Civil Veterinary Dept. Bombay admin report 1914-1922 - 1914-1922
Year: 1914
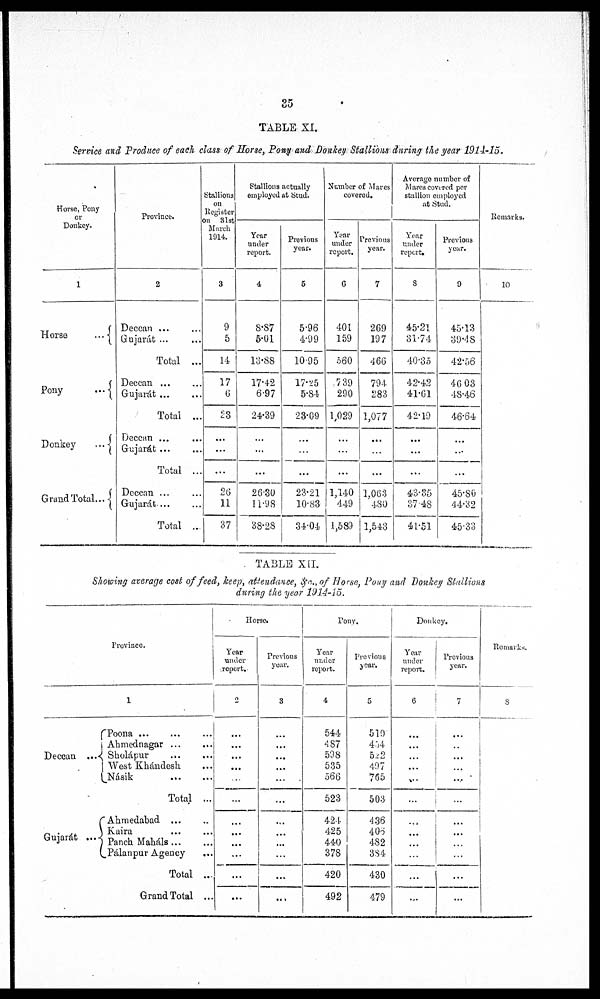
35
TABLE XI.
Service and Produce of each class of Horse, Pony and Donkey Stallions during the year 1914-15.
Horse, Pony
or
Donkey.
1
Horse
...
Pony
...
Donkey
...
Grand Total...
Province.
2
Deccan ... ...
Gujarát ... ...
Total ...
Deccan ... ...
Gujarát
...
...
Total ...
Deccan ... ...
Gujarát
...
...
Total ...
Deccan ... ...
Gujarat ...
Total ...
Stallions
on
Register
on 31st
March
1914.
3
9
5
14
17
6
23
...
...
...
26
11
37
Stallions actually
employed at Stud.
Year
under
report.
4
8.87
5.01
13.88
17.42
6.97
24.39
...
...
...
26.30
11.98
38.28
Previous
year.
5
5.96
4.99
1095
17.25
5.84
23.69
...
...
...
23.21
10.83
34.04
Number of Mares
covered.
Year
under
report.
6
401
159
560
7 39
290
1,029
...
...
...
1,140
449
1,589
Previous
year.
7
269
197
466
794
283
1,077
...
...
...
1,063
480
1,543
Average number of
Mares covered per
stallion employed
at Stud.
Year
under
report.
8
45.21
31.74
40.35
42.42
41.61
42.19
...
...
...
43.35
37.48
41.51
Previons
year.
9
45.13
39.48
42.56
46.03
48.46
46.64
...
...
...
45.80
44.32
45.33
Remarks.
10
TABLE XII.
Showing average cost of feed, keep, attendance, &c.,of Horse, Pony and Donkey Stallions
during the year 1914-15.
Province.
1
Deccan
Poona
...
...
...
Ahmednagar
...
...
Sholápur ... ...
West Khándesh ...
Násik
...
...
Total ...
Gujarát ...
Ahmedabad
...
...
Kaira ... ...
Panch Maháls ... ...
Pálanpur Agency
...
Total ...
Grand Total ...
Horse.
Year
under
report.
2
...
...
...
...
...
...
...
...
...
...
...
...
Previous
year.
3
...
...
...
...
...
...
...
...
...
...
...
...
Pony.
Year
under
report.
4
544
487
598
535
566
523
424
425
440
378
420
492
Previous
year.
5
519
454
522
497
765
503
436
408
482
384
430
479
Donkey.
Year
under
report.
6
...
...
...
...
...
...
...
...
...
...
...
...
Previous
year.
7
...
..
...
...
....
...
...
...
...
...
...
...
Remarks.
8